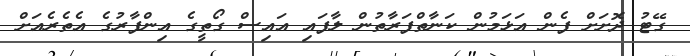
ގޭޓު ދޮށަށް ފެން އަޅަމުން ކަނާތްފަރާތުން ލާފައި އައިސް ގޯތީގެ އިންފާރުގެ އެތެރެއަށް